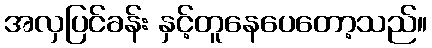
အလှပြင်ခန်း နှင့်တူနေပေတော့သည်။